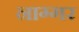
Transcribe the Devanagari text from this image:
नाग्गर